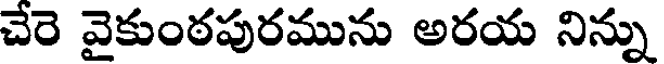
చేరె వైకుంఠపురమును అరయ నిన్ను